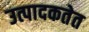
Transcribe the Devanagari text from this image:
उत्पादकतेत